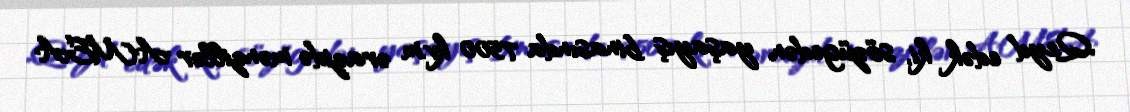
Qeyd edək ki, sözügedən yaşayış binasında 7500 kv.m ərazidə mənzillər AMEA